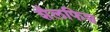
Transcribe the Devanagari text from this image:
शैलफिश